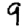
Digit: 9